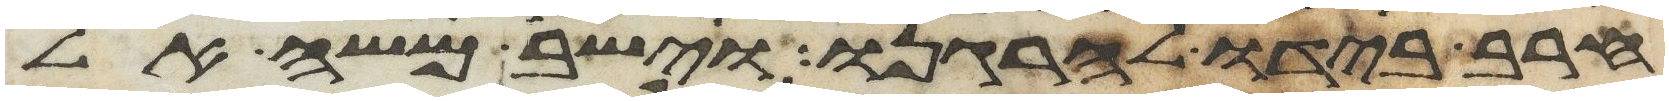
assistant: חרב בידו להרגנו וישב משה אל